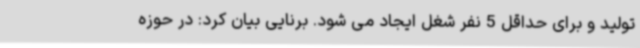
تولید و برای حداقل 5 نفر شغل ایجاد می شود. برنایی بیان کرد: در حوزه